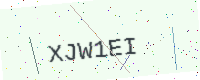
Text: XJW1EI